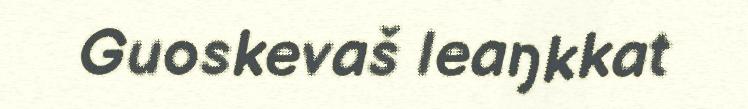
Guoskevaš leaŋkkat